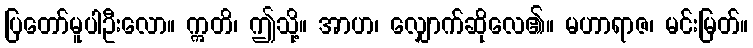
ပြတော်မူပါဦးလော။ ဣတိ၊ ဤသို့။ အာဟ၊ လျှောက်ဆိုလေ၏။ မဟာရာဇ၊ မင်းမြတ်။